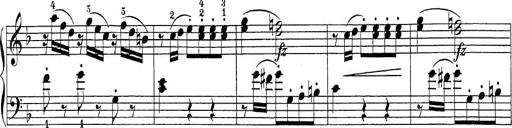
Title: Sonatina Album
Composer: Louis KÃ¶hler